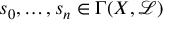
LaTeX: s _ { 0 } , \ldots , s _ { n } \in \Gamma ( X , { \mathcal { L } } )